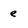
Character: e